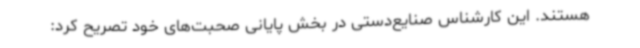
هستند. این کارشناس صنایع‌دستی در بخش پایانی صحبت‌های خود تصریح کرد: